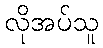
လိုအပ်သူ